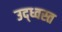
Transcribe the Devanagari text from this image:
उद्‍ध्वस्त